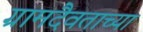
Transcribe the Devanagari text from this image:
ग्रामदैवताच्या